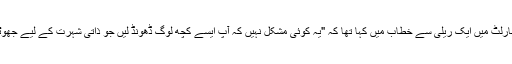
ہتک عزت کے دعوے میں کہا گیا کہ زیرووس کے الزامات پر ٹرمپ نے شارلٹ میں ایک ریلی سے خطاب میں کہا تھا کہ "یہ کوئی مشکل نہیں کہ آپ ایسے کچھ لوگ ڈھونڈ لیں جو ذاتی شہرت کے لیے جھوٹے الزامات لگائیں، یا پھر ان کا مقاصد معاشی اور سیاسی بھی ہو سکتے ہیں۔